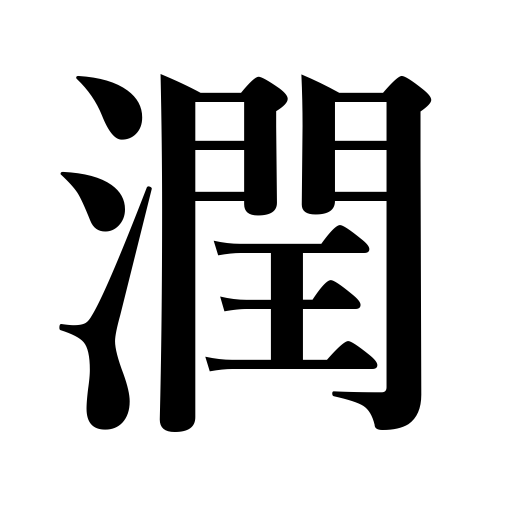
Meanings: become rich,profit by,be watered,dip,be dimmed,water,get muddy,be wet ,irrigate,enrich,be clouded,moisten,receive benefits,profit